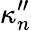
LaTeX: \kappa_{n}^{\prime\prime}